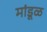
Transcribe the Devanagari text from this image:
मांडूळ